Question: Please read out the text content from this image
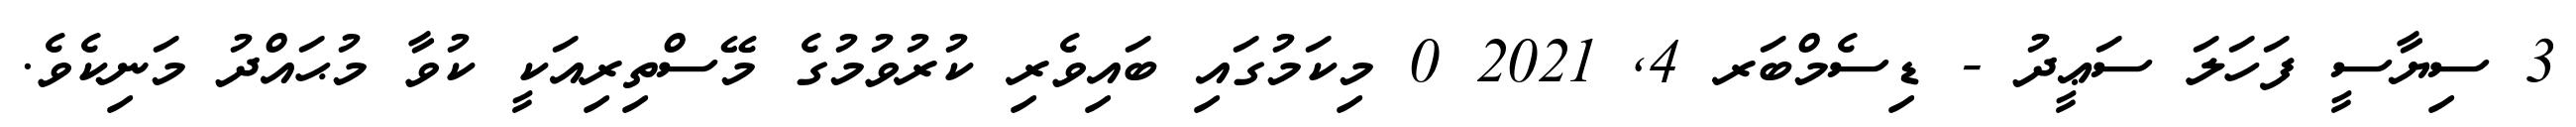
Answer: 3 ސިޔާސީ ފަހަލަ ސަޢީދު - ޑިސެމްބަރ 4, 2021 0 މިކަމުގައި ބައިވެރި ކުރުވުމުގެ މޭސްތިރިއަކީ ކުވާ މުޙައްދު މަނިކެވެ.